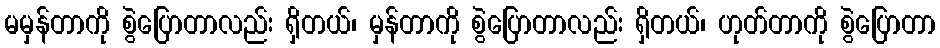
မမှန်တာကို စွဲပြောတာလည်း ရှိတယ်၊ မှန်တာကို စွဲပြောတာလည်း ရှိတယ်၊ ဟုတ်တာကို စွဲပြောတာ